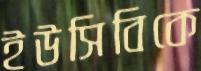
ইউসিবিকে